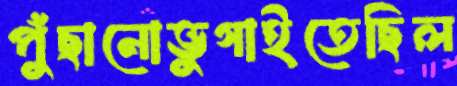
পুঁছানোভুগাইতেছিল